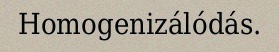
Homogenizálódás.